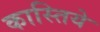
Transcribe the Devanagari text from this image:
कास्तिये